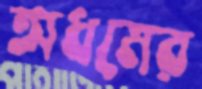
অধমের